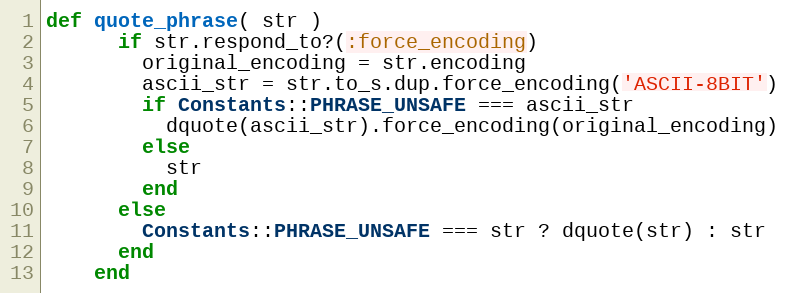
Language: Ruby
def quote_phrase( str )
      if str.respond_to?(:force_encoding)
        original_encoding = str.encoding
        ascii_str = str.to_s.dup.force_encoding('ASCII-8BIT')
        if Constants::PHRASE_UNSAFE === ascii_str
          dquote(ascii_str).force_encoding(original_encoding)
        else
          str
        end
      else
        Constants::PHRASE_UNSAFE === str ? dquote(str) : str
      end
    end